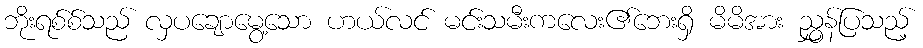
ဘိုးရစ်စ်သည် လှပချောမွေ့သော ဟယ်လင် မင်းသမီးကလေး၏ဘေးရှိ မိမိအား ညွှန်ပြသည့်